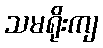
သမရိုးကျ